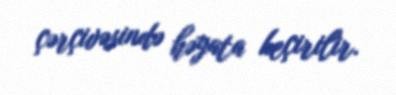
çərçivəsində həyata keçirilir.